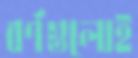
বর্ণগুলোই